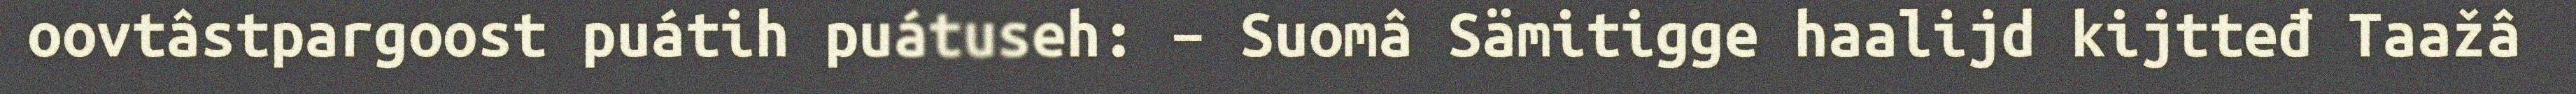
oovtâstpargoost puátih puátuseh: – Suomâ Sämitigge haalijd kijtteđ Taažâ